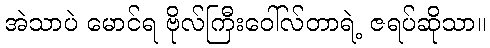
အဲသာပဲ မောင်ရ ဗိုလ်ကြီးဝေါ်လ်တာရဲ့ ဇရပ်ဆိုသာ။